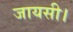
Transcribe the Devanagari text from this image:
जायसी।